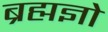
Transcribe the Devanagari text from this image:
ब्रह्मज्ञो